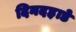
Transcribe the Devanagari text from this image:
दिनदह़ाडे